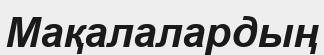
Мақалалардың